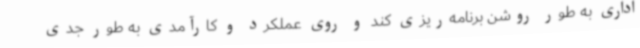
اداری به طور روشن برنامه‌ریزی کند و روی عملکرد و کارآمدی به طور جدی